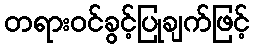
တရားဝင်ခွင့်ပြုချက်ဖြင့်